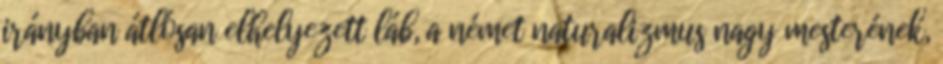
irányban átlósan elhelyezett láb, a német naturalizmus nagy mesterének,